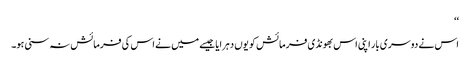
‘‘
اس نے دوسری بار اپنی اس بھونڈی فرمائش کو یوں دہرایا جیسے میں نے اس کی فرمائش نہ سنی ہو۔